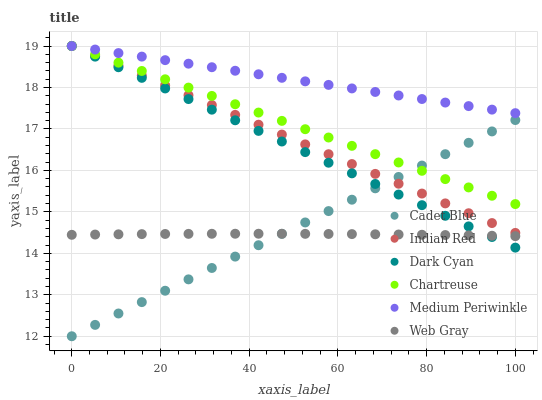
| xaxis_label | Cadet Blue | Indian Red | Dark Cyan | Chartreuse | Medium Periwinkle | Web Gray |
 | --- | --- | --- | --- | --- | --- | --- |
 | 0 | 12 | 19 | 19 | 19 | 19 | 14.4 |
 | 5.26 | 12.3 | 18.8 | 18.7 | 18.8 | 18.9 | 14.5 |
 | 10.5 | 12.5 | 18.5 | 18.5 | 18.6 | 18.8 | 14.5 |
 | 15.8 | 12.8 | 18.3 | 18.2 | 18.4 | 18.7 | 14.5 |
 | 21.1 | 13.1 | 18.1 | 18 | 18.2 | 18.7 | 14.5 |
 | 26.3 | 13.4 | 17.8 | 17.7 | 18 | 18.6 | 14.5 |
 | 31.6 | 13.6 | 17.6 | 17.5 | 17.8 | 18.5 | 14.5 |
 | 36.8 | 13.9 | 17.3 | 17.2 | 17.6 | 18.4 | 14.5 |
 | 42.1 | 14.2 | 17.1 | 17 | 17.4 | 18.3 | 14.5 |
 | 47.4 | 14.5 | 16.9 | 16.7 | 17.2 | 18.2 | 14.5 |
 | 52.6 | 14.7 | 16.6 | 16.4 | 17 | 18.1 | 14.5 |
 | 57.9 | 15 | 16.4 | 16.2 | 16.8 | 18.1 | 14.5 |
 | 63.2 | 15.3 | 16.2 | 15.9 | 16.6 | 18 | 14.5 |
 | 68.4 | 15.6 | 15.9 | 15.7 | 16.4 | 17.9 | 14.5 |
 | 73.7 | 15.8 | 15.7 | 15.4 | 16.2 | 17.8 | 14.5 |
 | 78.9 | 16.1 | 15.4 | 15.2 | 16 | 17.7 | 14.4 |
 | 84.2 | 16.4 | 15.2 | 14.9 | 15.8 | 17.6 | 14.4 |
 | 89.5 | 16.7 | 15 | 14.6 | 15.6 | 17.6 | 14.4 |
 | 94.7 | 16.9 | 14.7 | 14.4 | 15.4 | 17.5 | 14.4 |
 | 100 | 17.2 | 14.5 | 14.1 | 15.2 | 17.4 | 14.4 |